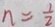
n = \frac { 1 } { 2 }